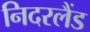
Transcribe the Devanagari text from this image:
निदरलैंड